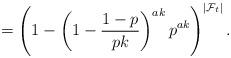
LaTeX: \begin{align*}=\left(1-\left(1 - \frac{1-p}{pk}\right)^{ak}p^{ak}\right)^{|\mathcal{F}_t|}.\end{align*}